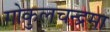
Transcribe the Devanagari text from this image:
गोकुलचन्द्रमा